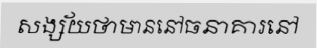
សង្ស័យថាមាននៅធនាគារនៅ